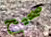
صحيح